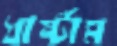
ধার্ষ্টাম